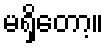
မရှိတော့။